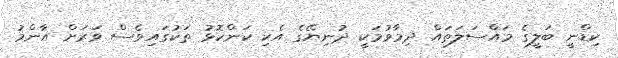
ކިޑްނީ ބަލީގެ މައްސަލަތައް ދިމާވުމަކީ ދުނިޔޭގެ އެކި ކަންކޮޅު ތަކުގައިވެސް ވަރަށް އާންމު